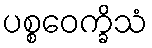
ပစ္စဝေက္ခိသံ